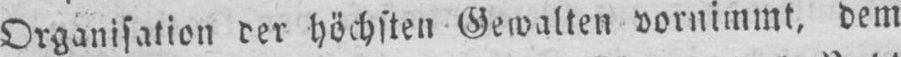
Organisation der höchsten Gewalten vornimmt, dem